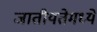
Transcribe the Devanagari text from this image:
जातीयतेमध्ये